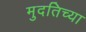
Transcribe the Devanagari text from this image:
मुदतिच्या